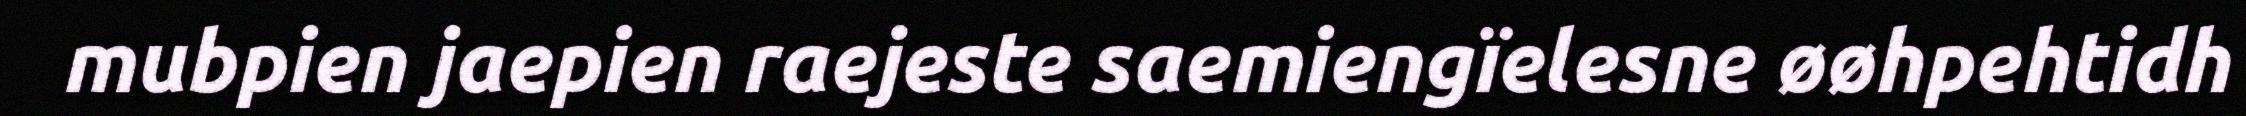
mubpien jaepien raejeste saemiengïelesne øøhpehtidh